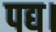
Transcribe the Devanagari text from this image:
पद्य।